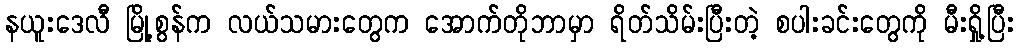
နယူးဒေလီ မြို့စွန်က လယ်သမားတွေက အောက်တိုဘာမှာ ရိတ်သိမ်းပြီးတဲ့ စပါးခင်းတွေကို မီးရှို့ပြီး